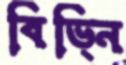
বিভ্নি